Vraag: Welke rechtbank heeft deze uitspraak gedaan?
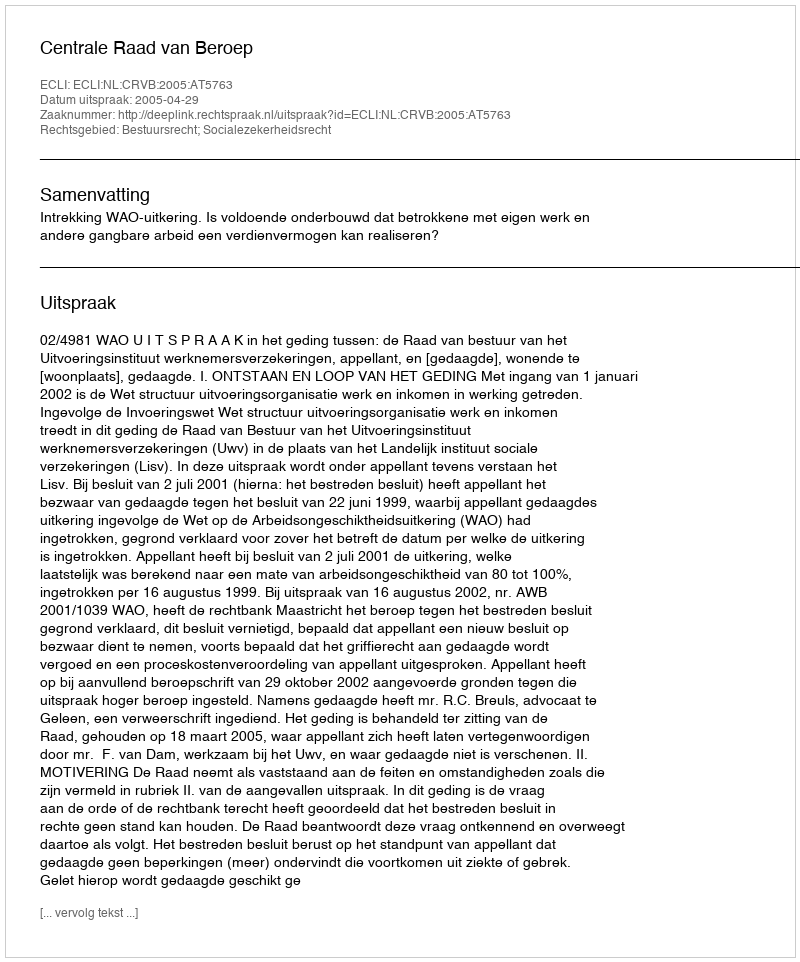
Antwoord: Centrale Raad van Beroep